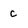
Character: c